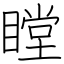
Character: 瞠